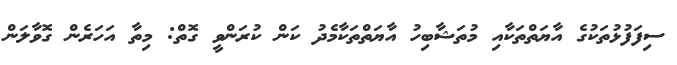
ސިފަފުޅުތަކުގެ އާޔަތްތަކާއި މުތަޝާބިހު އާޔަތްތަކާމެދު ކަން ކުރަންވީ ގޮތް: މިތާ އަހަރެން ގޮވާލަން